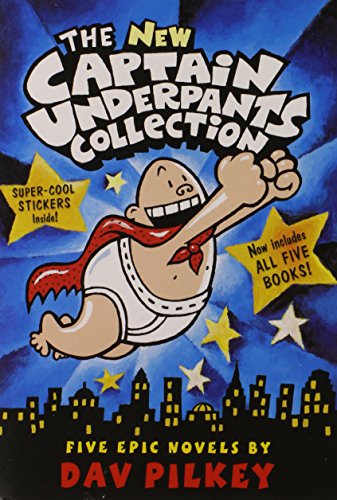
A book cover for The New Captain Underpants Collection (Books 1-5); Dav Pilkey; Children's Books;